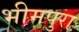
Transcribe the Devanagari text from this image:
भीमपुरा